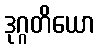
ဒုဂ္ဂတိယော